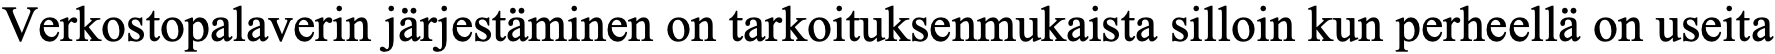
Verkostopalaverin järjestäminen on tarkoituksenmukaista silloin kun perheellä on useita